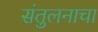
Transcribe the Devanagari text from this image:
संतुलनाचा